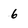
Character: 6